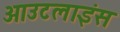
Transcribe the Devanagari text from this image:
आउटलाइंस